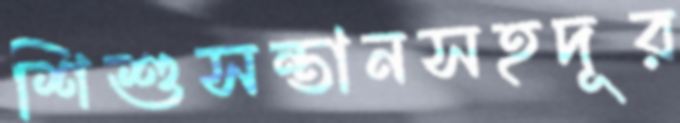
শিশুসন্তানসহদূর